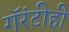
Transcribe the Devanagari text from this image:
गॅरंटीही